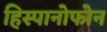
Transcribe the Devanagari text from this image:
हिस्पानोफोन